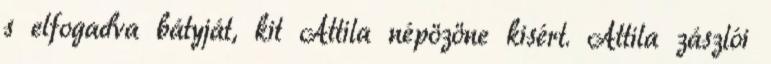
s elfogadva bátyját, kit Attila népözöne kisért. Attila zászlói